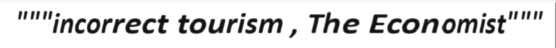
"""incorrect tourism , The Economist"""